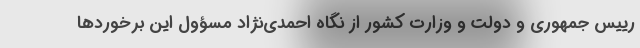
رییس جمهوری و دولت و وزارت کشور از نگاه احمدی‌نژاد مسؤول این برخوردها